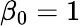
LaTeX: \beta_{0}=1